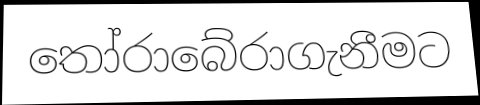
තෝරාබේරාගැනීමට